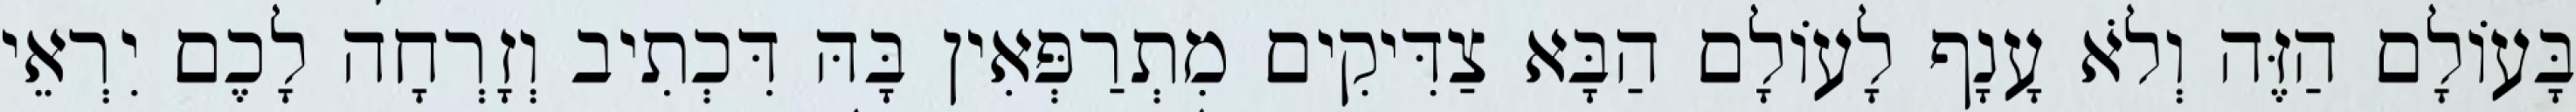
בָּעוֹלָם הַזֶּה וְלֹא עָנָף לָעוֹלָם הַבָּא צַדִּיקִים מִתְרַפְּאִין בָּהּ דִּכְתִיב וְזָרְחָה לָכֶם יִרְאֵי